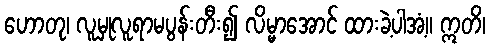
ဟောတု၊ လူမှုလူရာမပွန်းတီး၍ လိမ္မာအောင် ထားခဲ့ပါအံ့။ ဣတိ၊